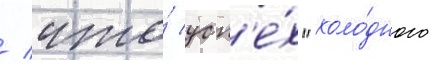
/ что́ усп'е́х "холо́дного